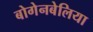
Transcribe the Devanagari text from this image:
बोगेनबेलिया